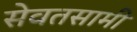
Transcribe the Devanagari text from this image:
सेवतसामी